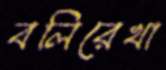
বলিরেখা